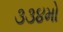
૩૩૪મો